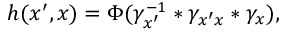
h ( x ^ { \prime } , x ) = \Phi ( \gamma _ { x ^ { \prime } } ^ { - 1 } * \gamma _ { x ^ { \prime } x } * \gamma _ { x } ) ,